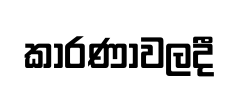
කාරණාවලදී